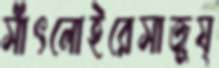
সাঁৎলোইরেসাজুয্